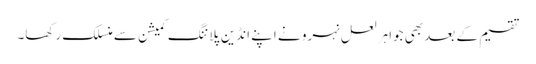
تقسیم کے بعد بھی جواہر لعل نہرو نے اپنے انڈین پلاننگ کمیشن سے منسلک رکھا۔